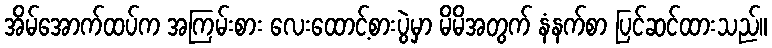
အိမ်အောက်ထပ်က အကြမ်းစား လေးထောင့်စားပွဲမှာ မိမိအတွက် နံနက်စာ ပြင်ဆင်ထားသည်။